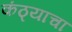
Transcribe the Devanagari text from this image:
कंठ्याचा